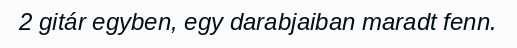
2 gitár egyben, egy darabjaiban maradt fenn.